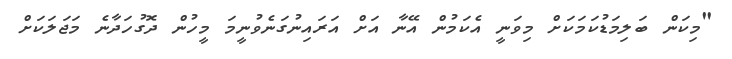
"މިކަން ބަލިމަޑުކަމަކަށް މިވަނީ އެކަމުން އޭނާ އަށް އަރައިނުގަނެވުނީމަ މީހުން ދޮގުހަދާނެ މަޖަލަކަށް